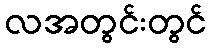
လအတွင်းတွင်